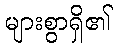
များစွာရှိ၏